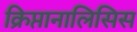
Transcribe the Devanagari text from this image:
क्रिप्तानालिसिस